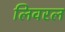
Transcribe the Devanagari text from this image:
लिवरल